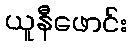
ယူနီဖောင်း